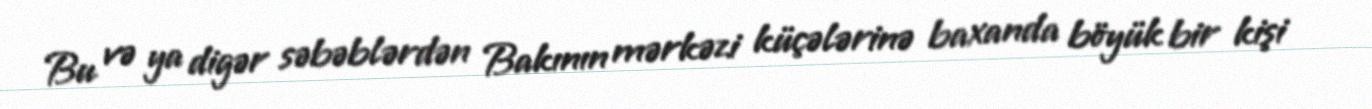
Bu və ya digər səbəblərdən Bakının mərkəzi küçələrinə baxanda böyük bir kişi